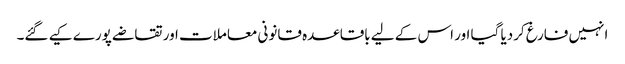
انہیں فارغ کردیا گیا اور اس کے لیے باقاعدہ قانونی معاملات اور تقاضے پورے کیے گئے۔